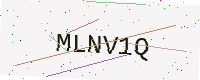
Text: MLNV1Q